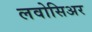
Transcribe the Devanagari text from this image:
लवोसिअर